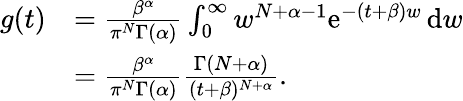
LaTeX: \begin{array}{rl}{g(t)}&{=\frac{\beta^{\alpha}}{\pi^{N}\Gamma(\alpha)}\int_{0}^{\infty}w^{N+\alpha-1}\mathrm{e}^{-(t+\beta)w}\, \mathrm{d}w}\\ &{=\frac{\beta^{\alpha}}{\pi^{N}\Gamma(\alpha)}\frac{\Gamma(N+\alpha)}{(t+\beta)^{N+\alpha}}.}\end{array}